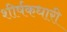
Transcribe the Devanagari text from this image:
शीर्षकधारी